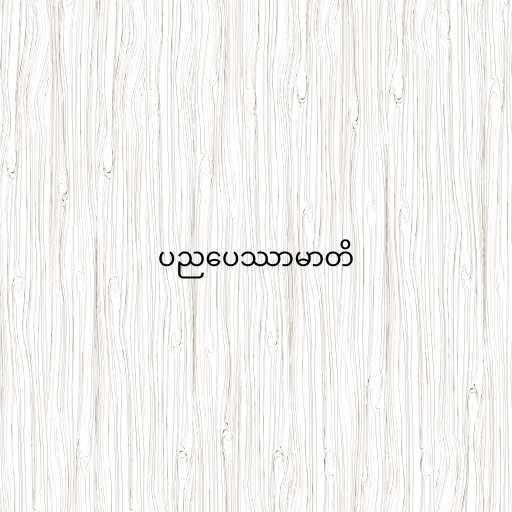
ပညပေဿာမာတိ